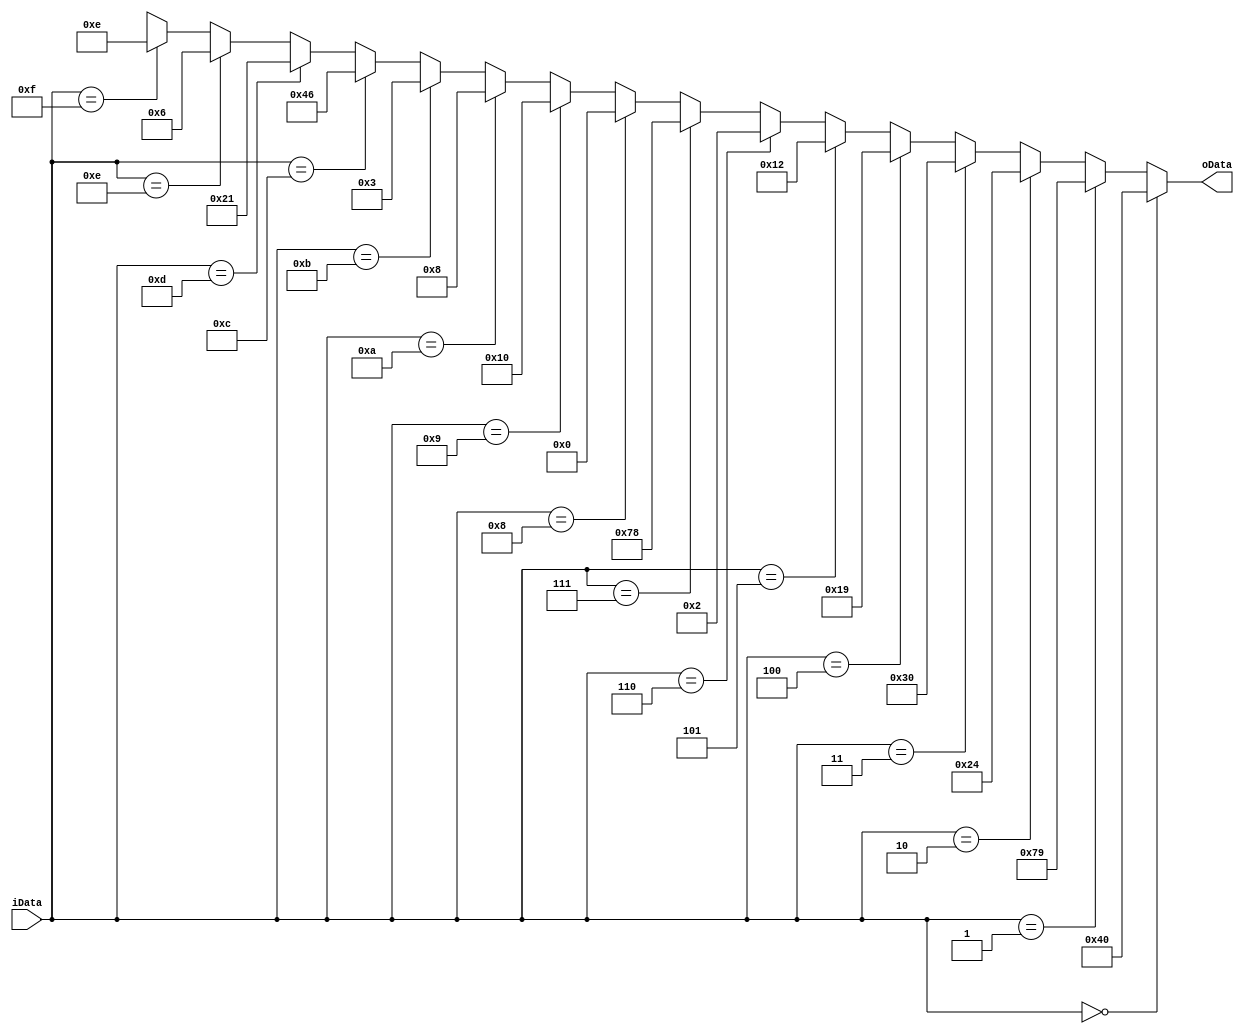
module smg_encode_immdmod//
(
	 input [3:0]iData,//
	 output [7:0]oData//
);
	 parameter _0 = 8'b0100_0000, _1 = 8'b0111_1001, _2 = 8'b0010_0100, 
	           _3 = 8'b0011_0000, _4 = 8'b0001_1001, _5 = 8'b0001_0010, 
				  _6 = 8'b0000_0010, _7 = 8'b0111_1000, _8 = 8'b0000_0000,
				  _9 = 8'b0001_0000, _A = 8'b0000_1000, _B = 8'b0000_0011,
				  _C = 8'b0100_0110, _D = 8'b0010_0001, _E = 8'b0000_0110,
				  _F = 8'b0000_1110;
	 
	 reg [7:0]D = 8'b1111_1111;
	 
	 always @ ( * )
	     if( iData == 4'd0 ) D = _0;
		  else if( iData == 4'd1 ) D = _1;
		  else if( iData == 4'd2 ) D = _2;
		  else if( iData == 4'd3 ) D = _3;
		  else if( iData == 4'd4 ) D = _4;
		  else if( iData == 4'd5 ) D = _5;
		  else if( iData == 4'd6 ) D = _6;
		  else if( iData == 4'd7 ) D = _7;
		  else if( iData == 4'd8 ) D = _8;
		  else if( iData == 4'd9 ) D = _9;
		  else if( iData == 4'hA ) D = _A;
		  else if( iData == 4'hB ) D = _B;
		  else if( iData == 4'hC ) D = _C;
		  else if( iData == 4'hD ) D = _D;
		  else if( iData == 4'hE ) D = _E;
		  else if( iData == 4'hF ) D = _F;
		  else D = 8'dx;
	 
	 assign oData = D;

endmodule